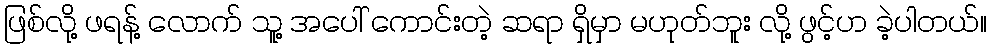
ဖြစ်လို့ ဖရန့် လောက် သူ့ အပေါ် ကောင်းတဲ့ ဆရာ ရှိမှာ မဟုတ်ဘူး လို့ ဖွင့်ဟ ခဲ့ပါတယ်။